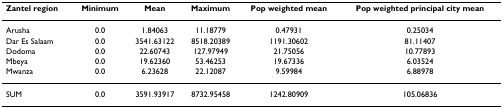
<table><thead><tr><td><b>Zantel region</b></td><td><b>Minimum</b></td><td><b>Mean</b></td><td><b>Maximum</b></td><td><b>Pop weighted mean</b></td><td><b>Pop weighted principal city mean</b></td></tr></thead><tbody><tr><td>Arusha</td><td>0.0</td><td>1.84063</td><td>11.18779</td><td>0.47931</td><td>0.25034</td></tr><tr><td>Dar Es Salaam</td><td>0.0</td><td>3541.63122</td><td>8518.20389</td><td>1191.30602</td><td>81.11407</td></tr><tr><td>Dodoma</td><td>0.0</td><td>22.60743</td><td>127.97949</td><td>21.75056</td><td>10.77893</td></tr><tr><td>Mbeya</td><td>0.0</td><td>19.62360</td><td>53.46253</td><td>19.67336</td><td>6.03524</td></tr><tr><td>Mwanza</td><td>0.0</td><td>6.23628</td><td>22.12087</td><td>9.59984</td><td>6.88978</td></tr><tr><td>SUM</td><td>0.0</td><td>3591.93917</td><td>8732.95458</td><td>1242.80909</td><td>105.06836</td></tr></tbody></table>